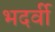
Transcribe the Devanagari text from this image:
भदर्वी